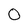
Character: 0